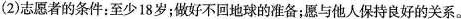
(2)志愿者的条件：至少18岁；做好不回地球的准备；愿与他人保持良好的关系。